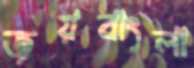
জয়বাংলা